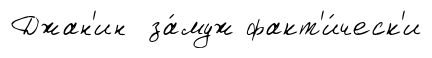
Джан'ин за́муж факт'и́ческ'и